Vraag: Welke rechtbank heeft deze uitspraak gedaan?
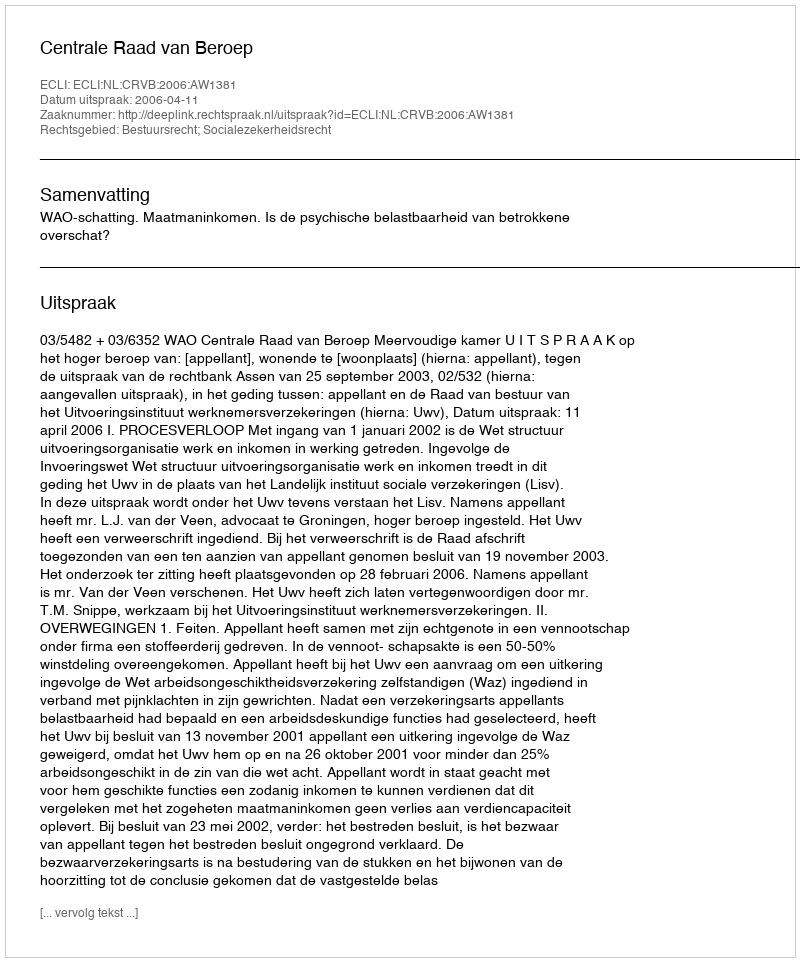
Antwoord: Centrale Raad van Beroep